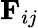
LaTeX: \mathbf{F}_{ij}